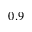
0 . 9